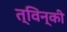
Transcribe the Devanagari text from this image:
त्विन्की